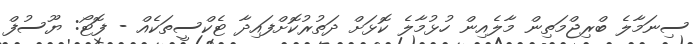
ސިނަމާލެ ބްރިޖްމަތިން މާލެއިން ހުޅުމާލެ ކޮޅަށް ދަތުރުކޮށްފައިދާ ޓެކްސީތަކެއް - ފޮޓޯ: ޔޫސުފް